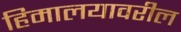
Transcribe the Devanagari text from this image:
हिमालयावरील